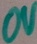
Text: OV